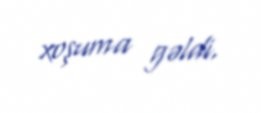
xoşuma gəldi.